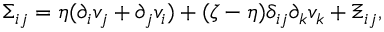
\Sigma _ { i j } = \eta ( \partial _ { i } v _ { j } + \partial _ { j } v _ { i } ) + ( \zeta - \eta ) \delta _ { i j } \partial _ { k } v _ { k } + \Xi _ { i j } ,